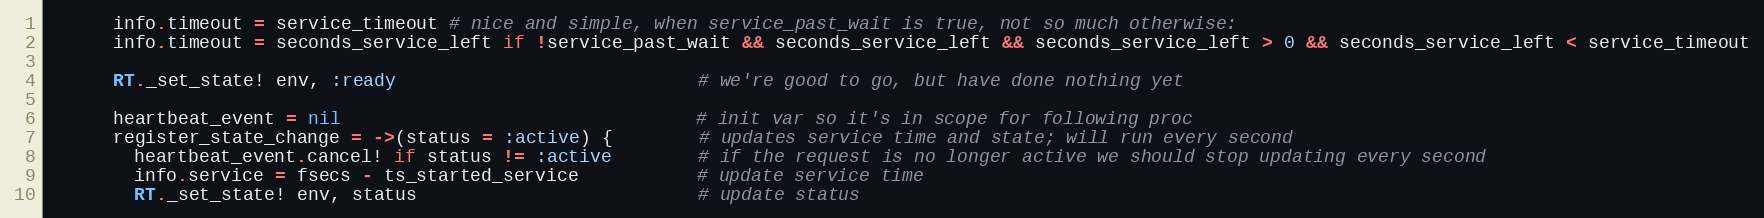
Language: Ruby
      info.timeout = service_timeout # nice and simple, when service_past_wait is true, not so much otherwise:
      info.timeout = seconds_service_left if !service_past_wait && seconds_service_left && seconds_service_left > 0 && seconds_service_left < service_timeout

      RT._set_state! env, :ready                            # we're good to go, but have done nothing yet

      heartbeat_event = nil                                 # init var so it's in scope for following proc
      register_state_change = ->(status = :active) {        # updates service time and state; will run every second
        heartbeat_event.cancel! if status != :active        # if the request is no longer active we should stop updating every second
        info.service = fsecs - ts_started_service           # update service time
        RT._set_state! env, status                          # update status